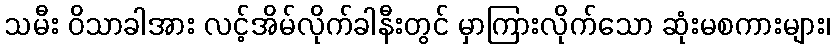
သမီး ဝိသာခါအား လင့်အိမ်လိုက်ခါနီးတွင် မှာကြားလိုက်သော ဆုံးမစကားများ၊